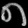
Digit: ၈